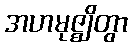
အဟမုဇ္ဈိတွာ